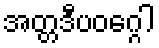
အတ္တဒီပဝဂ္ဂေါ